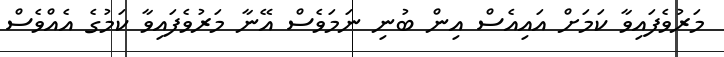
މަރުވެފައިވާ ކަމަށް އައިއެސް އިން ބުނި ނަމަވެސް އޭނާ މަރުވެފައިވާ ކަމުގެ އެއްވެސް